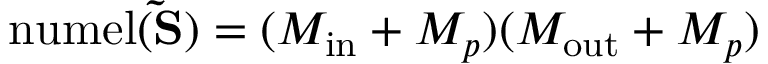
\mathrm { n u m e l } ( \mathbf { \tilde { S } } ) = ( M _ { \mathrm { i n } } + M _ { p } ) ( M _ { \mathrm { o u t } } + M _ { p } )